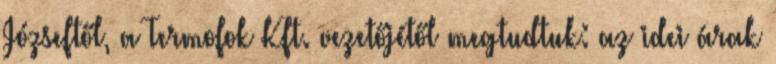
Józseftől, a Termofok Kft. vezetőjétől megtudtuk: az idei árak